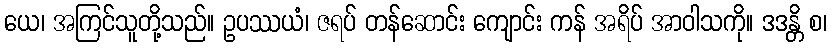
ယေ၊ အကြင်သူတို့သည်။ ဥပဿယံ၊ ဇရပ် တန်ဆောင်း ကျောင်း ကန် အရိပ် အာဝါသကို။ ဒဒန္တိ စ၊